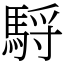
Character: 䮑